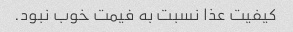
کیفیت عذا نسبت به فیمت خوب نبود.